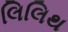
લિલિથ